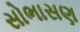
સોભાસણ